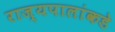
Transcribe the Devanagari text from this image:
राज्यपालांकडे